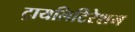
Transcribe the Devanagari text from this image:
ट्रायलिटिरेशन